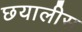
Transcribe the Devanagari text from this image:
छयालीस